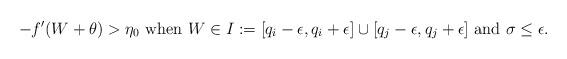
LaTeX: \begin{align*} -f'(W+\theta)>\eta_0 \mbox{ when $W\in I:=[q_i-\epsilon, q_i+\epsilon]\cup [q_j-\epsilon, q_j+\epsilon]$ and $\sigma\leq \epsilon$.} \end{align*}